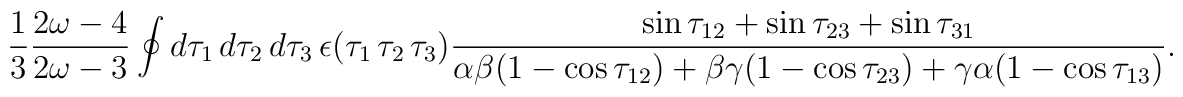
\frac{1}{3}\frac{2\omega-4}{2\omega-3}\oint d\tau_1\,d\tau_2\,d\tau_3\,\epsilon(\tau_1\,\tau_2\,\tau_3)\frac{\sin\tau_{12}+\sin\tau_{23}+\sin\tau_{31}}{\alpha\beta(1-\cos\tau_{12})+\beta\gamma(1-\cos\tau_{23})+\gamma\alpha(1-\cos\tau_{13})}.